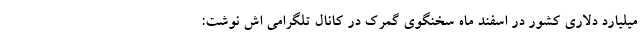
میلیارد دلاری کشور در اسفند ماه سخنگوی گمرک در کانال تلگرامی اش نوشت: